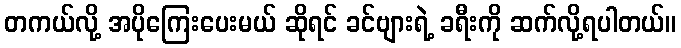
တကယ်လို့ အပိုကြေးပေးမယ် ဆိုရင် ခင်ဗျားရဲ့ ခရီးကို ဆက်လို့ရပါတယ်။